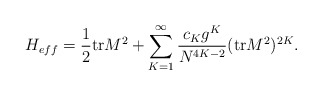
\begin{align*}H_{eff} = \frac{1}{2}{\rm tr}M^2 +\sum_{K=1}^{\infty}\frac{c_K g^K}{N^{4K-2}}({\rm tr}M^2 )^{2K}.\end{align*}